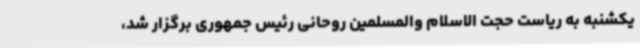
یکشنبه به ریاست حجت الاسلام والمسلمین روحانی رئیس جمهوری برگزار شد،